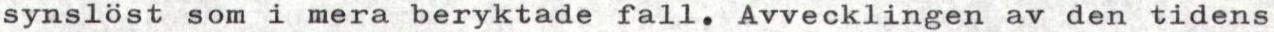
synslöst som i mera beryktade fall. Avvecklingen av den tidens